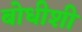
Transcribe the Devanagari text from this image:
बोधीशी